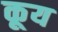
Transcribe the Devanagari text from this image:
कूय